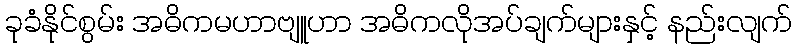
ခုခံနိုင်စွမ်း အဓိကမဟာဗျူဟာ အဓိကလိုအပ်ချက်များနှင့် နည်းလျက်